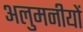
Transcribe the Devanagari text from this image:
अलुमनीयों